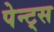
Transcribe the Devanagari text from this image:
पेन्ट्‌स